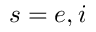
s = e , i